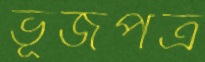
ভূর্জপত্র